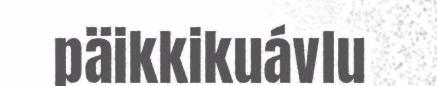
päikkikuávlu